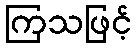
ကြသဖြင့်